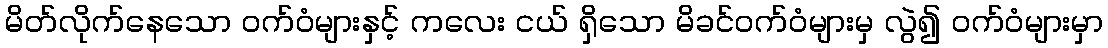
မိတ်လိုက်နေသော ဝက်ဝံများနှင့် ကလေး ငယ် ရှိသော မိခင်ဝက်ဝံများမှ လွဲ၍ ဝက်ဝံများမှာ